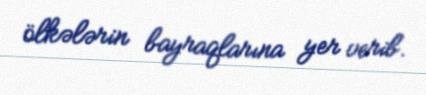
ölkələrin bayraqlarına yer verib.